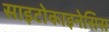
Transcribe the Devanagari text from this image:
साइटोकाइनेसिस